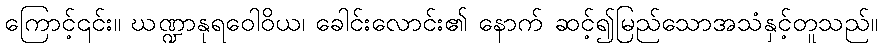
ကြောင့်၎င်း။ ဃဏ္ဍာနုရဝေါဝိယ၊ ခေါင်းလောင်း၏ နောက် ဆင့်၍မြည်သောအသံနှင့်တူသည်။